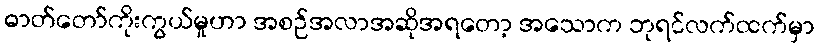
ဓာတ်တော်ကိုးကွယ်မှုဟာ အစဉ်အလာအဆိုအရတော့ အသောက ဘုရင်လက်ထက်မှာ